Annual administration report of the Civil Veterinary Department of India - 1909-1910
Year: 1909
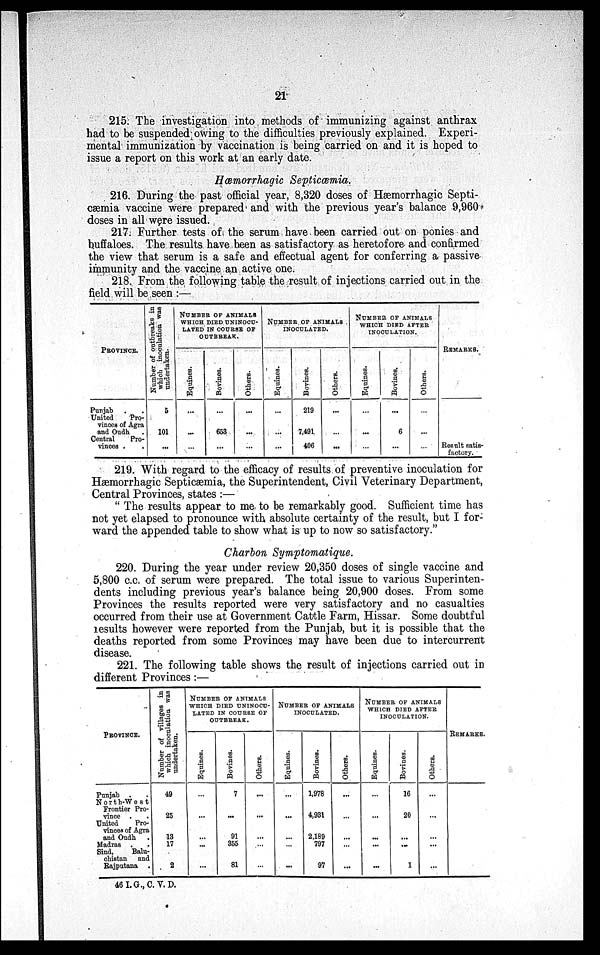
21
215. The investigation into methods of immunizing against anthrax
had to be suspended owing to the difficulties previously explained. Experi-
mental immunization by vaccination is being carried on and it is hoped to
issue a report on this work at an early date.
Hæmorrhagic Septicæmia.
216. During the past official year, 8,320 doses of Hæmorrhagic Septi-
cæmia vaccine were prepared and with the previous year's balance 9,960
doses in all were issued.
217. Further tests of the serum have been carried out on ponies and
buffaloes. The results have been as satisfactory as heretofore and confirmed
the view that serum is a safe and effectual agent for conferring a passive
immunity and the vaccine an active one.
218. From the following table the result of injections carried out in the
field will be seen :—
PROVINCE.
Punjab . .
United
Pro-
vinces of Agra
and Oudh .
Central
Pro-
vinces . .
Number of outbreaks in
which inoculation was
undertaken.
5
101
...
NUMBER OF ANIMALS
WHICH DIED UNINOCU-
LATED IN COURSE OF
OUTBREAK.
Equines.
...
...
...
Bovines.
...
653
...
Others.
...
...
...
NUMBER OF ANIMALS
INOCULATED.
Equines.
...
...
...
Bovines.
219
7,491
406
Others.
...
...
...
NUMBER OF ANIMALS
WHICH DIED AFTER
INOCULATION.
Equines.
...
...
...
Bovines.
...
6
...
Others.
...
...
...
REMARKS.
Result satis-
factory.
219. With regard to the efficacy of results of preventive inoculation for
Hæmorrhagic Septicæmia, the Superintendent, Civil Veterinary Department,
Central Provinces, states :—
" The results appear to me to be remarkably good. Sufficient time has
not yet elapsed to pronounce with absolute certainty of the result, but I for-
ward the appended table to show what is up to now so satisfactory."
Charbon Symptomatique.
220. During the year under review 20,350 doses of single vaccine and
5,800 c.c. of serum were prepared. The total issue to various Superinten-
dents including previous year's balance being 20,900 doses. From some
Provinces the results reported were very satisfactory and no casualties
occurred from their use at Government Cattle Farm, Hissar. Some doubtful
results however were reported from the Punjab, but it is possible that the
deaths reported from some Provinces may have been due to intercurrent
disease.
221. The following table shows the result of injections carried out in
different Provinces :—
PROVINCE.
Punjab .
.
North-West
Frontier Pro-
vince . .
United
Pro-
vinces of Agra
and Oudh .
Madras . .
Sind,
Balu-
chistan and
Rajputana .
Number of villages in
which inoculation was
undertaken.
49
25
13
17
2
NUMBER OF ANIMALS
WHICH DIED UNINOCU-
LATED IN COURSE OF
OUTBREAK.
Equines.
...
...
...
...
...
Bovines.
7
...
91
355
81
Others.
...
...
...
...
...
NUMBER OF ANIMALS
INOCULATED.
Equines.
...
...
...
...
...
Bovines.
1,978
4,931
2,189
797
97
Others.
...
...
...
...
...
NUMBER OF ANIMALS
WHICH DIED AFTER
INOCULATION.
Equines.
...
...
...
...
...
Bovines.
16
20
...
...
1
Others.
...
...
...
...
...
REMARKS.
46 I. G., C. V. D.